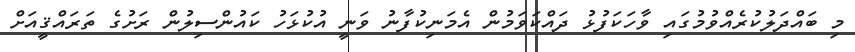
މި ބައްދަލުކުރެއްވުމުގައި ވާހަކަފުޅު ދައްކަވަމުން އެމަނިކުފާނު ވަނީ އުކުޅަހު ކައުންސިލުން ރަށުގެ ތަރައްޤީއަށް